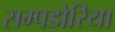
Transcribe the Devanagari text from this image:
सम्पडोरिया